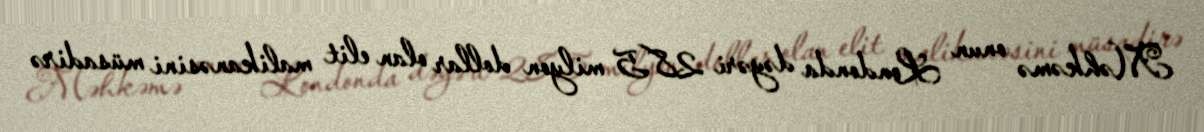
Məhkəmə onun Londonda dəyəri 28.5 milyon dollar olan elit malikanəsini müsadirə